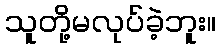
သူတို့မလုပ်ခဲ့ဘူး။